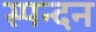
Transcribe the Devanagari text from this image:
स्‍पन्‍दन